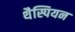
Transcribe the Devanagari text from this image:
थैस्पियन